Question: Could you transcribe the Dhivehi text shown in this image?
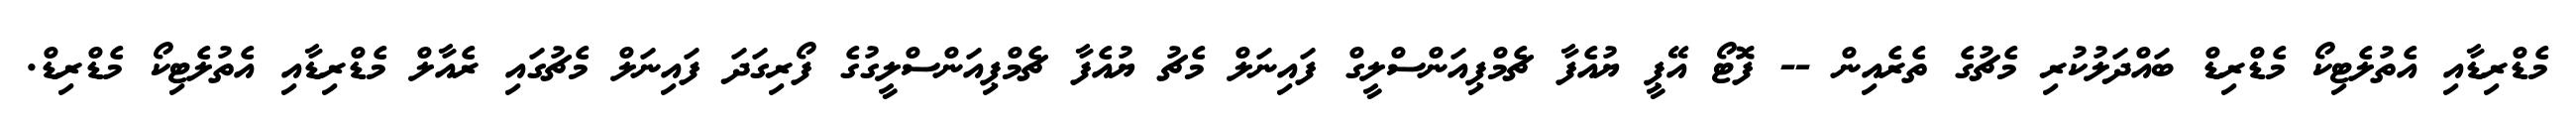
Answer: މެޑްރިޑާއި އެތުލެޓިކޯ މެޑްރިޑް ބައްދަލުކުރި މެޗުގެ ތެރެއިން -- ފޮޓޯ އޭޕީ ޔުއެފާ ޗެމްޕިއަންސްލީގް ފައިނަލް މެޗު ޔުއެފާ ޗެމްޕިއަންސްލީގުގެ ފޯރިގަދަ ފައިނަލް މެޗުގައި ރެއާލް މެޑްރިޑާއި އެތުލެޓިކޯ މެޑްރިޑް.